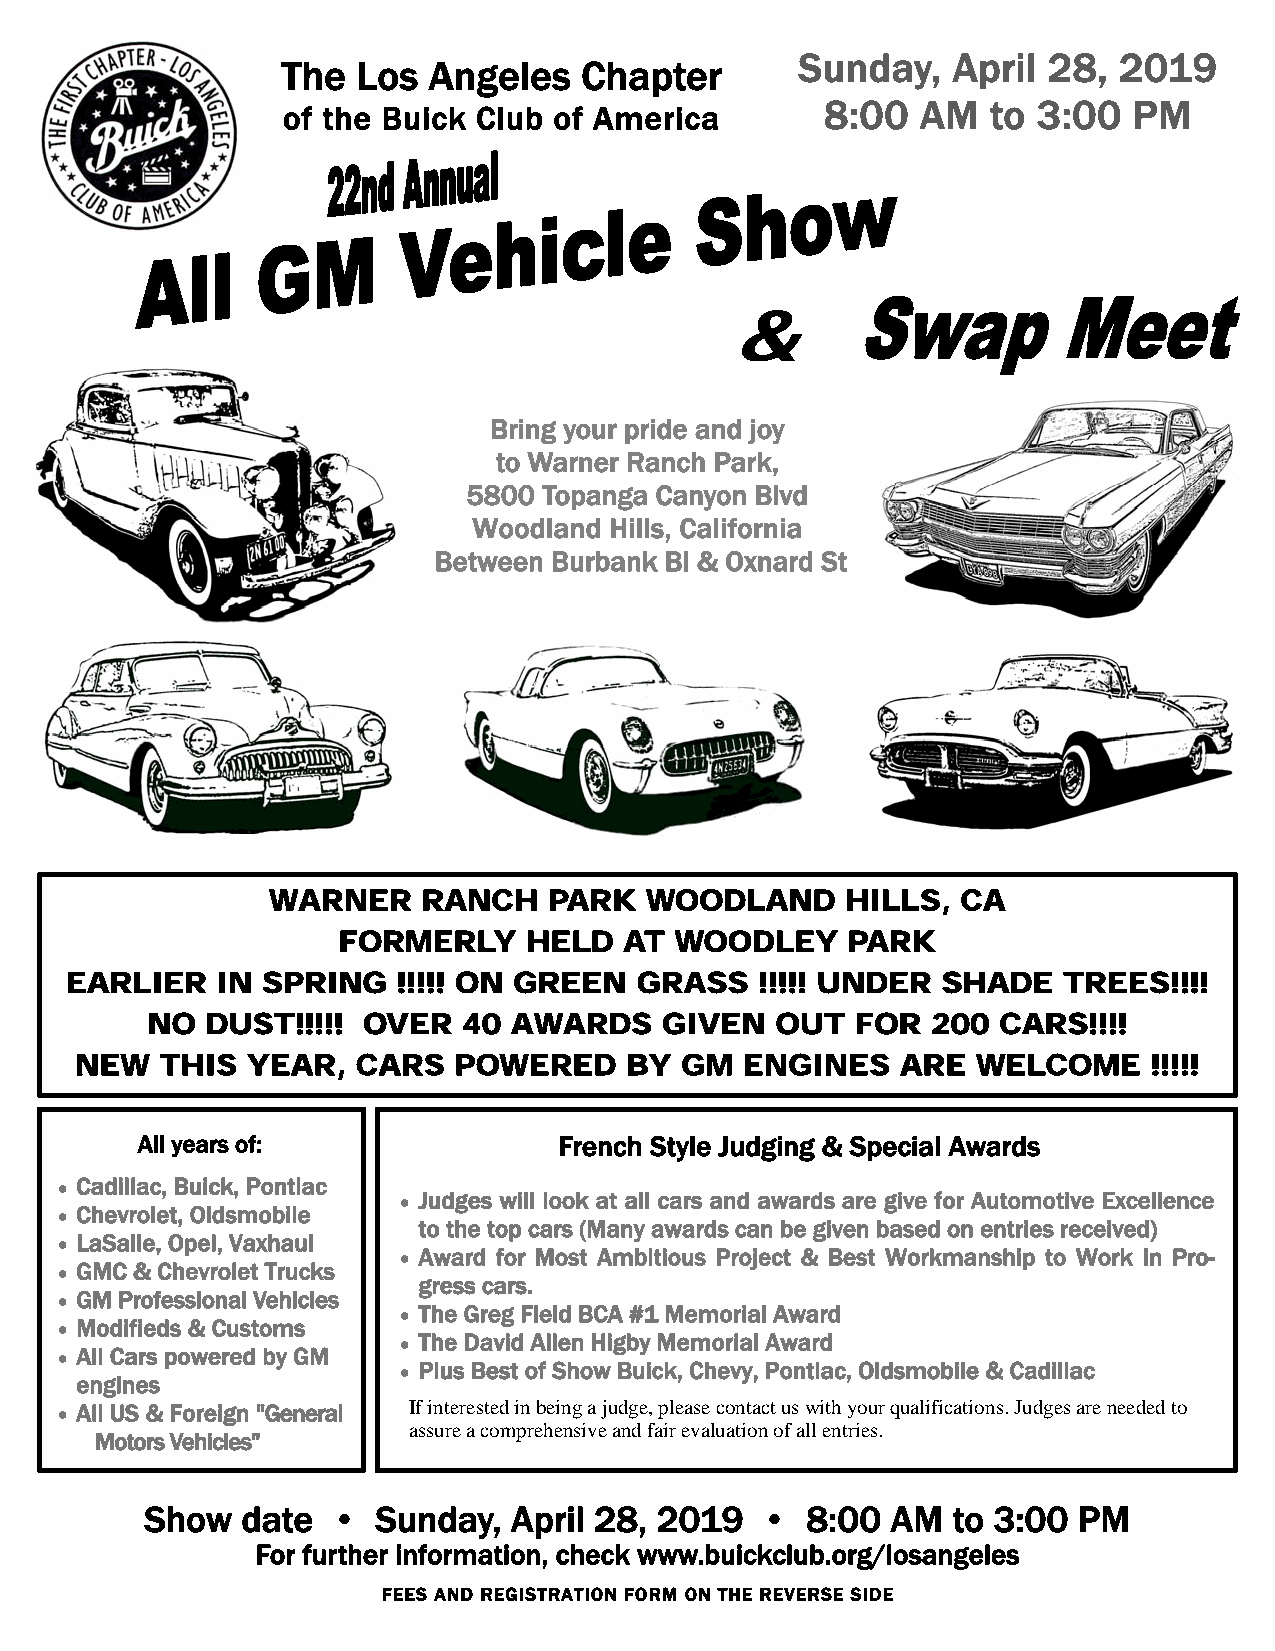
Sunday,   April 28,  2019
 The  Los Angeles   Chapter
 8th                                             8:00  AM   to 3:00  PM
 of the Buick Club of America
 Annual
 &
 Bring your pride and joy
 to Warner Ranch Park,
 5800 Topanga Canyon Blvd
 Woodland Hills, California
 Between Burbank Bl & Oxnard St
 WARNER    RANCH   PARK   WOODLAND     HILLS,  CA
 FORMERLY     HELD  AT  WOODLEY    PARK
 EARLIER   IN SPRING   !!!!! ON GREEN  GRASS   !!!!! UNDER SHADE   TREES!!!!
 NO  DUST!!!!! OVER   40 AWARDS    GIVEN  OUT   FOR  200 CARS!!!!
 NEW   THIS YEAR,   CARS  POWERED    BY  GM  ENGINES    ARE  WELCOME    !!!!!
 All years of:               French Style Judging & Special Awards
 • Cadillac, Buick, Pontiac
 • Judges will look at all cars and awards are give for Automotive Excellence
 • Chevrolet, Oldsmobile
 to the top cars (Many awards can be given based on entries received)
 • LaSalle, Opel, Vaxhaul
 • Award for Most Ambitious Project & Best Workmanship to Work In Pro-
 • GMC & Chevrolet Trucks
 gress cars.
 • GM Professional Vehicles
 • The Greg Field BCA #1 Memorial Award
 • Modifieds & Customs
 • The David Allen Higby Memorial Award
 • All Cars powered by GM
 • Plus Best of Show Buick, Chevy, Pontiac, Oldsmobile & Cadillac
 engines
 • All US & Foreign "General If interested in being a judge, please contact us with your qualifications. Judges are needed to
 assure a comprehensive and fair evaluation of all entries.
 Motors Vehicles"
 Show  date  •  Sunday,  April 28, 2019  •  8:00  AM  to 3:00 PM
 For further information, check www.buickclub.org/losangeles
 FEES AND REGISTRATION FORM ON THE REVERSE SIDE